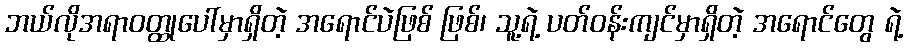
ဘယ်လိုအရာဝတ္ထုပေါ်မှာရှိတဲ့ အရောင်ပဲဖြစ် ဖြစ်၊ သူ့ရဲ့ ပတ်ဝန်းကျင်မှာရှိတဲ့ အရောင်တွေ ရဲ့